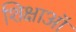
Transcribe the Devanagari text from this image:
शिक्षाऑ